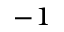
^ { - 1 }